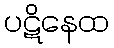
ပဋိနေထ